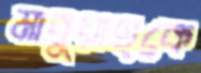
মাবুয়াহকে